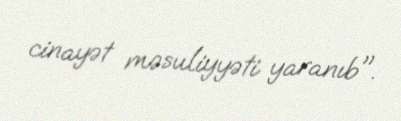
cinayət məsuliyyəti yaranıb".